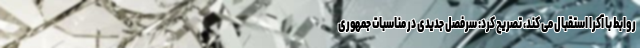
روابط با آکرا استقبال می کند، تصریح کرد: سرفصل جدیدی در مناسبات جمهوری